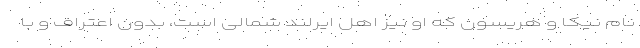
نام نیکا و هریسون که او نیز اهل ایرلند شمالی است، بدون اعتراف و با